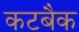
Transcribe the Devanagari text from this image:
कटबैक